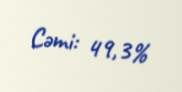
Cəmi: 49,3%